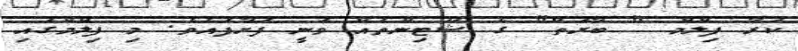
ކުރާ ފިލްމް " ބާރަތް" ގެ ޝޫޓިންތައް ވަނީ ފަށާފައެވެ. މި ފިލްމްގައި